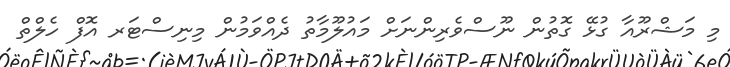
މި މަޝްރޫއާ ގުޅޭ ގޮތުން ނޫސްވެރިންނަށް މައުލޫމާތު ދެއްވަމުން މިނިސްޓަރ އޮފް ހެލްތް